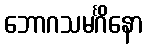
ဘောဂသမင်္ဂိနော